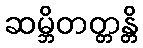
ဆမ္ဘိတတ္တန္တိ